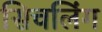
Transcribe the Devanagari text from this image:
सिचलिंग